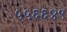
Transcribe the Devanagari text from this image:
५५६६४९